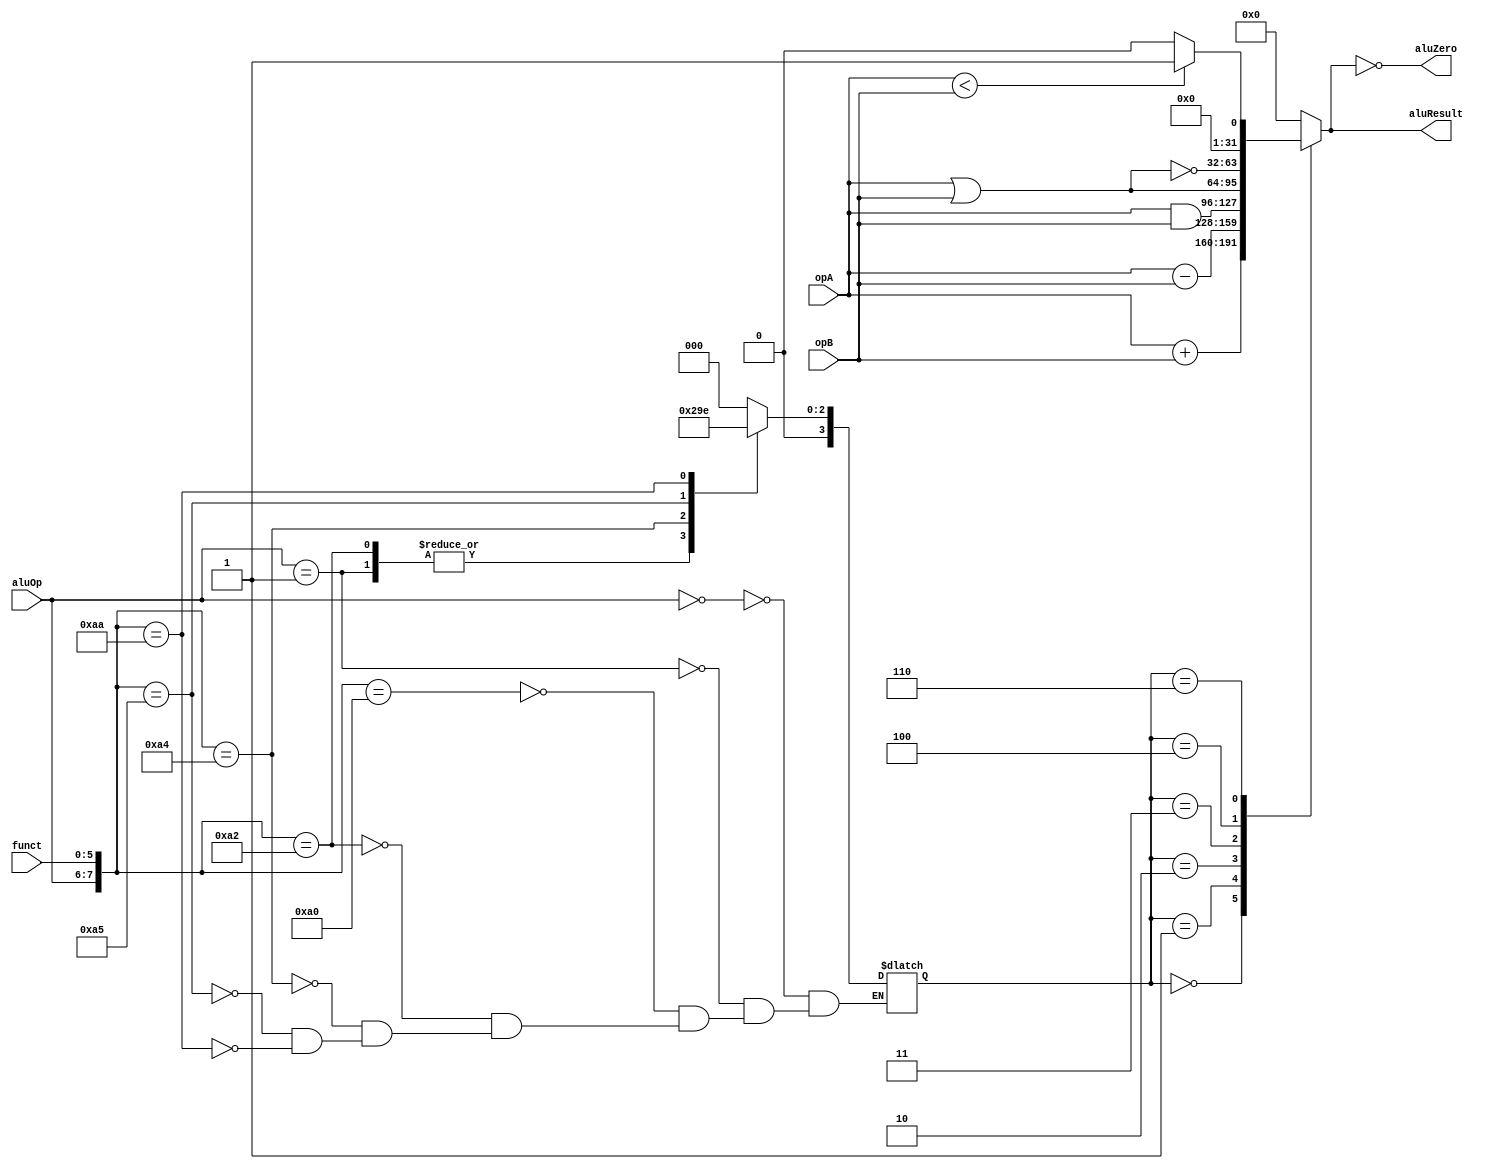
module alu #(parameter WIDTH = 32) (opA, opB, aluOp, funct, aluResult, aluZero);
	// I/O stuff
	input [WIDTH - 1 : 0]	opA, opB;
	input [1 : 0]			aluOp;
	input [5 : 0]			funct;


	output reg [WIDTH - 1 : 0]	aluResult;
	output						aluZero;

	// Internal
	parameter aluAdd = 0;
	parameter aluSub = 1;
	parameter aluAnd = 2;
	parameter aluOr	 = 3;
	parameter aluNor = 4;
	parameter aluXor = 5;
	parameter aluSlt = 6;

	reg [3 : 0]				aluCode;

	// ALU logic
	
	// Determine operation to be done by alu
	always@(aluOp or funct) begin
		casex ({aluOp, funct})
			8'b00_xxxxxx:	aluCode = aluAdd;
			8'b01_xxxxxx:	aluCode = aluSub;
			8'b10_100000:	aluCode = aluAdd;
			8'b10_100010:	aluCode = aluSub;
			8'b10_100100:	aluCode = aluAnd;
			8'b10_100101:	aluCode = aluOr;
			8'b10_101010:	aluCode = aluSlt;
		endcase
	end

	// Do the actual operation
	always@(aluCode or opA or opB) begin
		case (aluCode)
			aluAdd:	aluResult = opA + opB;
			aluSub:	aluResult = opA - opB;
			aluAnd: aluResult = opA & opB;
			aluOr:	aluResult = opA | opB;
			aluNor:	aluResult = ~(opA | opB);
			aluSlt: aluResult = (opA < opB) ? 1 : 0;
			default:aluResult = 0;
		endcase
	end

	assign aluZero = (aluResult == 0);
endmodule